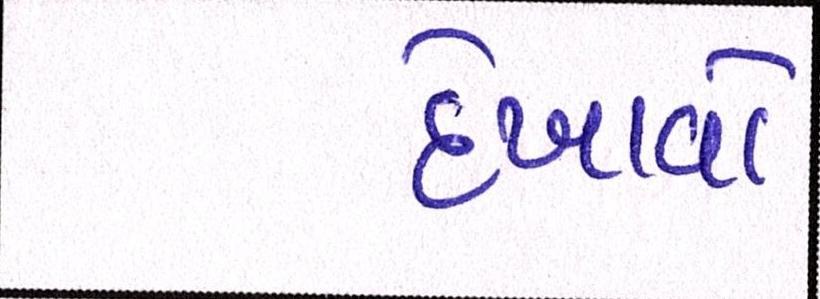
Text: દેખાવો